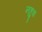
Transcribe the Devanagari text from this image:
नहुश